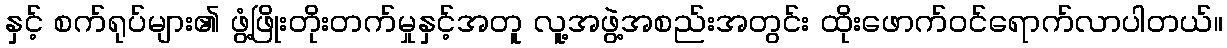
နှင့် စက်ရုပ်များ၏ ဖွံ့ဖြိုးတိုးတက်မှုနှင့်အတူ လူ့အဖွဲ့အစည်းအတွင်း ထိုးဖောက်ဝင်ရောက်လာပါတယ်။